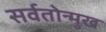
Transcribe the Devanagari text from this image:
सर्वतोन्मुख